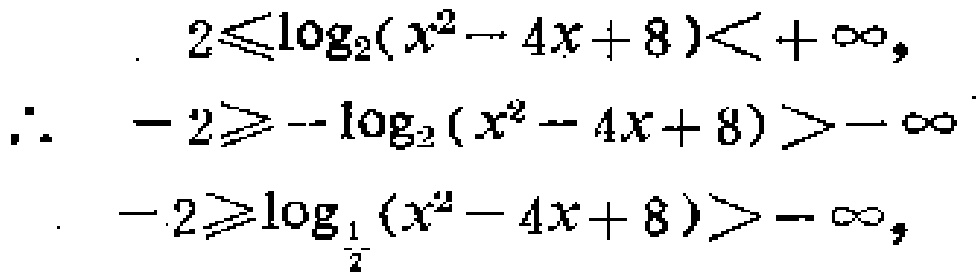
\[
\begin{align*}
2&\leqslant\log_2(x^{2}-4x + 8)<+\infty,\\
\therefore - 2&\geqslant-\log_2(x^{2}-4x + 8)>-\infty\\
-2&\geqslant\log_{\frac{1}{2}}(x^{2}-4x + 8)>-\infty,
\end{align*}
\]